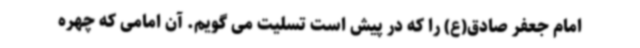
امام جعفر صادق(ع) را که در پیش است تسلیت می گویم. آن امامی که چهره